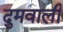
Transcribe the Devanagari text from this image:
दुमवाली